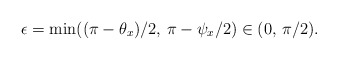
\begin{align*}\epsilon=\min((\pi-\theta_{x})/2,\,\pi-\psi_x/2)\in(0,\,\pi/2).\end{align*}